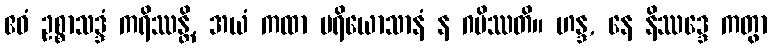
ဧဝံ ဥစ္စာသဒ္ဒံ ကရိဿန္တိ, အယံ ကထာ ပရိယောသာနံ န ဂမိဿတိ။ ဟန္ဒ, နေ နိဿဒ္ဒေ ကတွာ